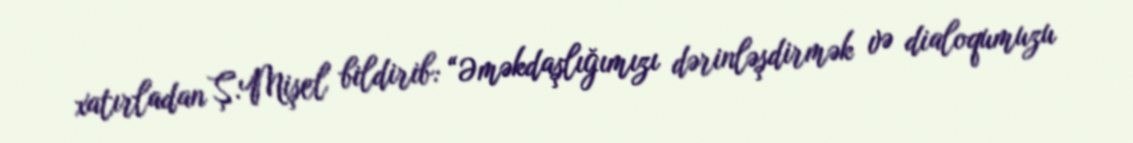
xatırladan Ş.Mişel bildirib: “Əməkdaşlığımızı dərinləşdirmək və dialoqumuzu